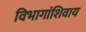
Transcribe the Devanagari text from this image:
विभागांशिवाय